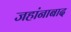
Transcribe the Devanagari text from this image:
जहांनाबाद